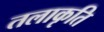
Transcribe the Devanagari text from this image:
तलाकृति